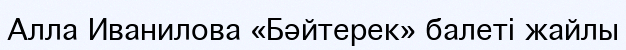
Алла Иванилова «Бәйтерек» балеті жайлы